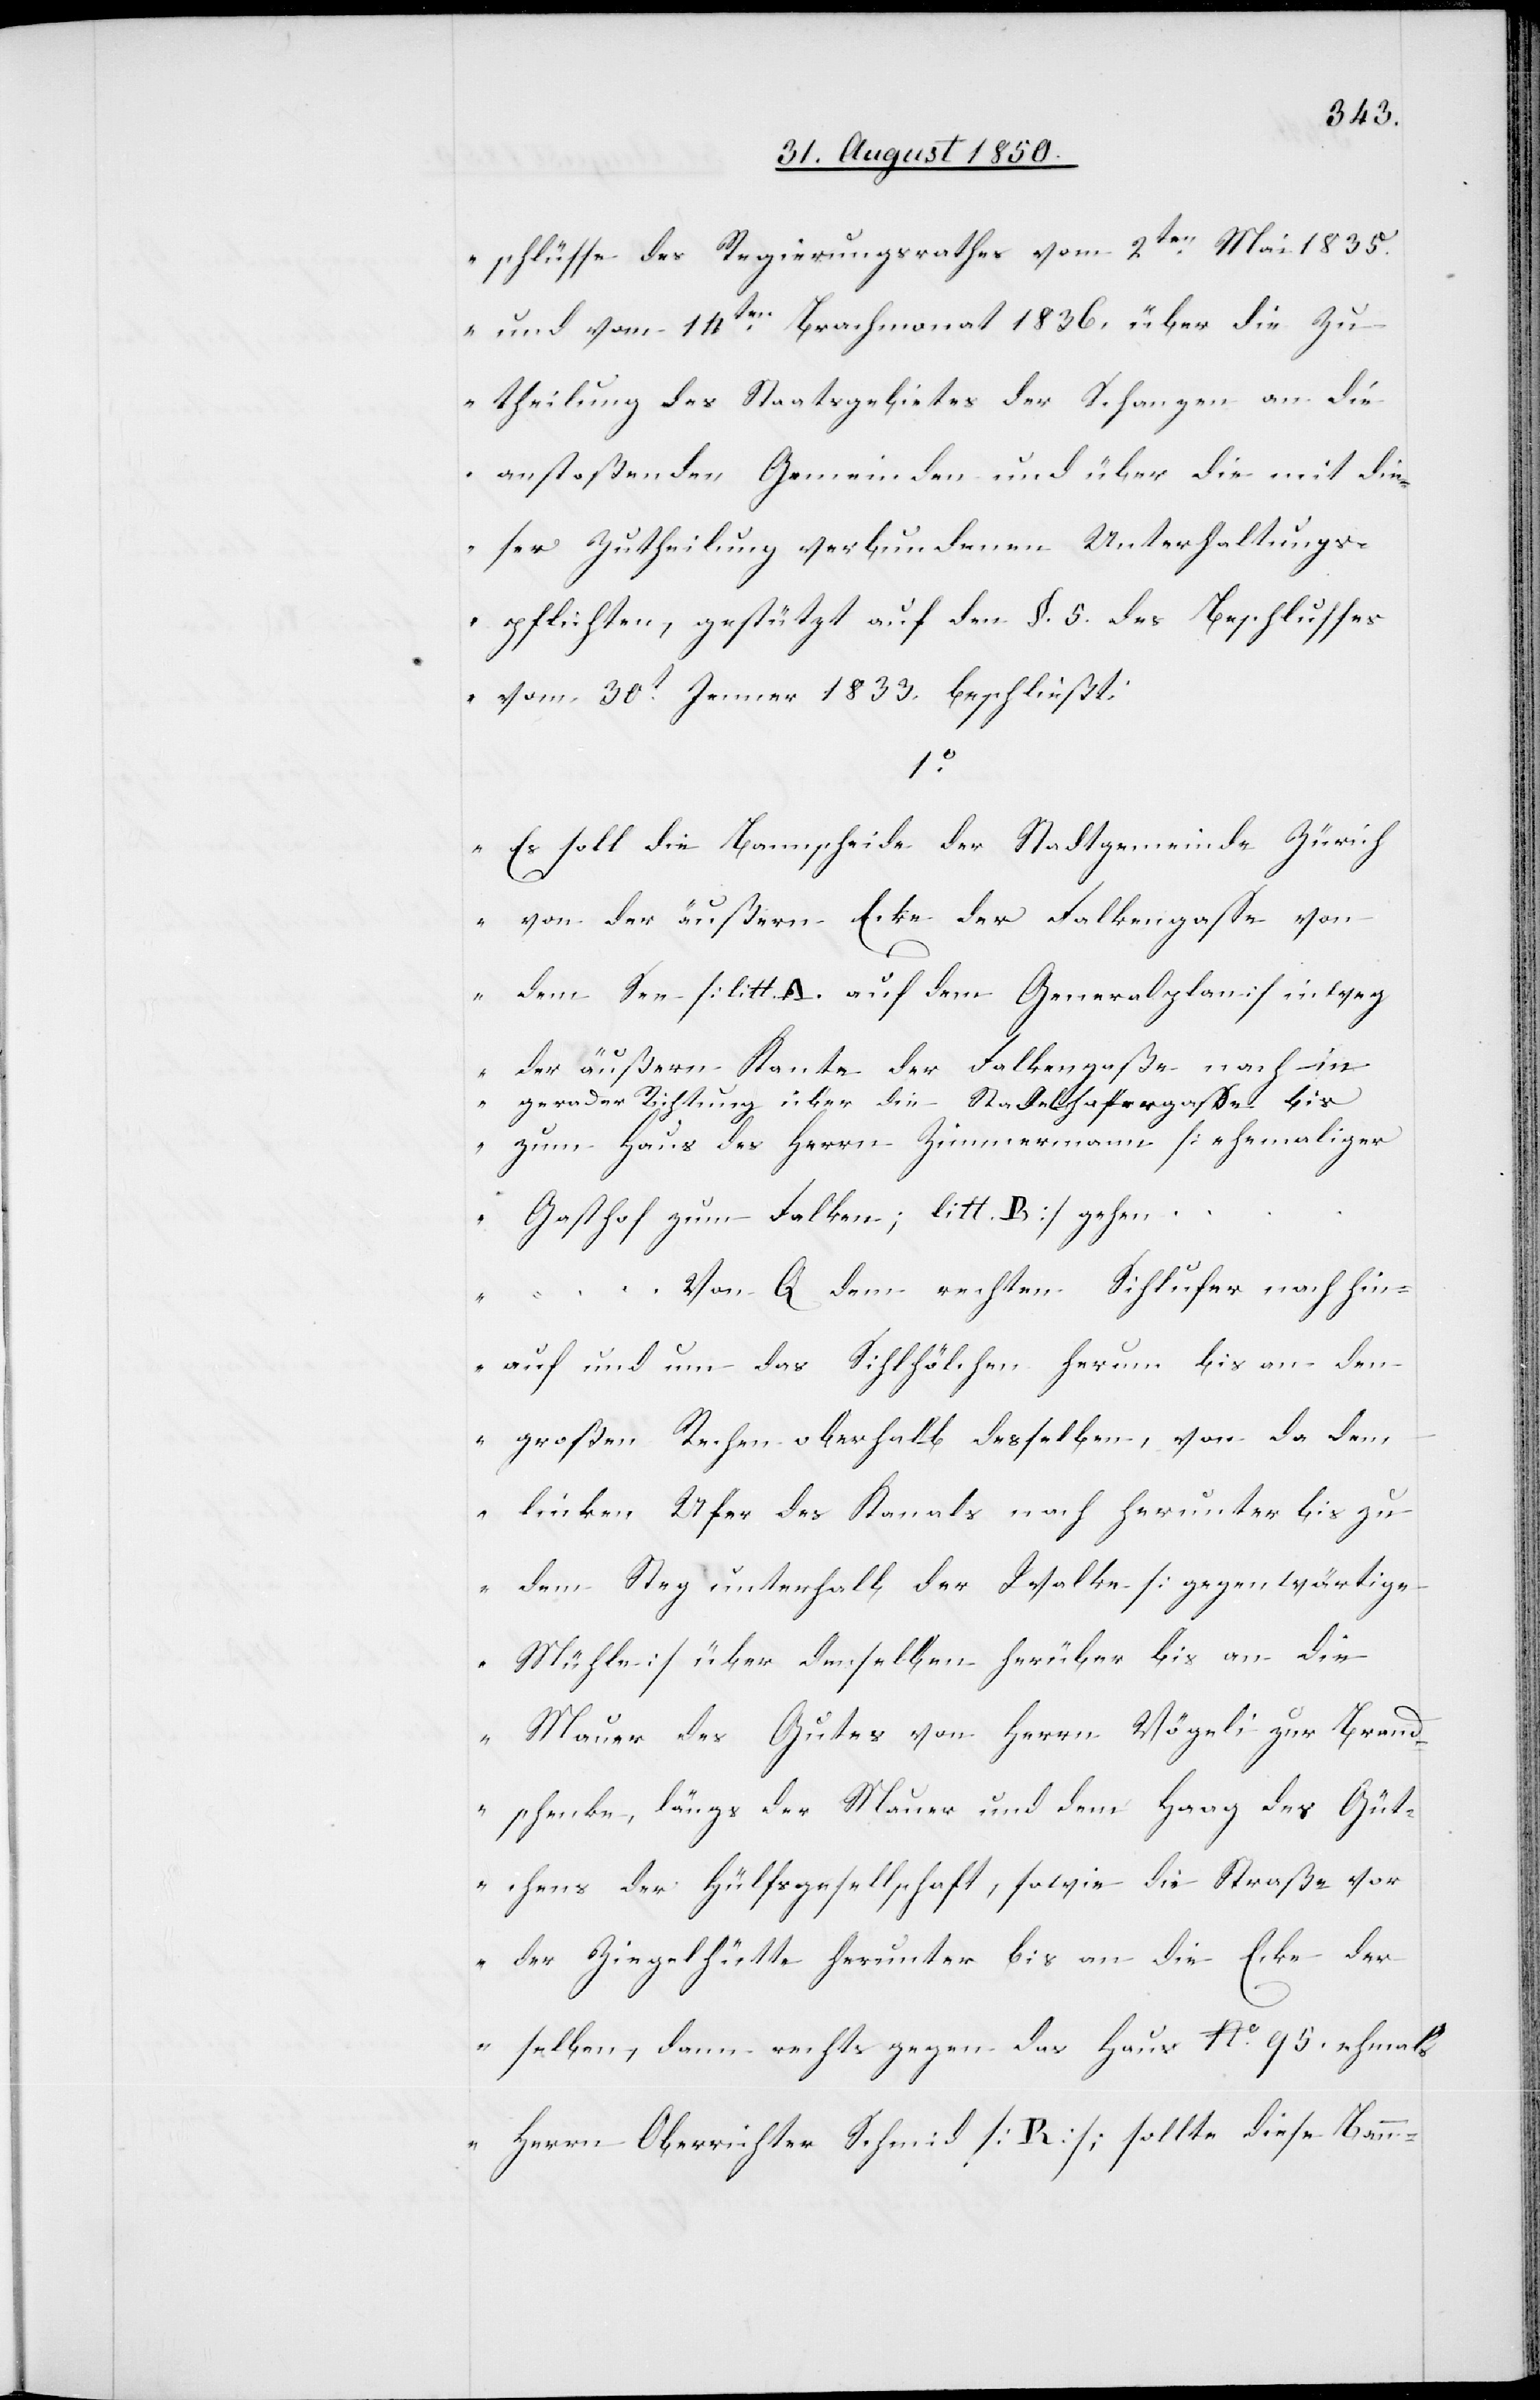
schlüsse des Regierungsrathes vom 2ten Mai 1835.
und vom 14ten Brachmonat 1836. über die Zu¬
theilung des Staatsgebietes der Schanzen an die
anstoßenden Gemeinden und über die mit die¬
ser Zutheilung verbundenen Unterhaltungs¬
pflichten, gestützt auf den §. 5. des Beschlusses
vom 30t Jenner 1833. beschließt:
1o
„Es soll die Bannscheide der Stadtgemeinde Zürich
von der äußern Ecke der Falkengasse von
dem See [litt. A. auf dem Generalplan] in weg
der äußern Kante der Falkengaße nach in
gerader Richtung über die Stadelhofergasse bis
zum Haus des Herrn Zimmermann [ehemaliger
Gasthof zum Falken; litt. B.] gehen.
Von Q dem rechten Sihlufer nach hin¬
auf und um das Sihlhölchen herum bis an den
großen Rechen oberhalb derselben, von da dem
linken Ufer des Kanals nach herunter bis zu
dem Steg unterhalb der Walke [gegenwärtige
Mühle] über denselben herüber bis an die
Mauer des Gutes von Herrn Vögeli zur Brand¬
schenke, längs der Mauer und dem Haag des Güt¬
chens der Hülfsgesellschaft, sowie die Straße vor
der Ziegelhütte herunter bis an die Ecke der
selben, dann rechts gegen das Haus No. 95. ehmals
Herrn Oberrichter Schmid [R]; sollte diese Bann-